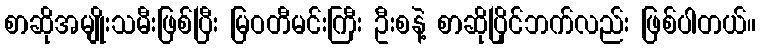
စာဆိုအမျိုးသမီးဖြစ်ပြီး မြဝတီမင်းကြီး ဦးစနဲ့ စာဆိုပြိုင်ဘက်လည်း ဖြစ်ပါတယ်။